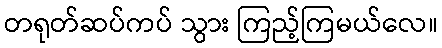
တရုတ်ဆပ်ကပ် သွား ကြည့်ကြမယ်လေ။